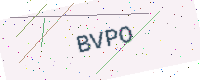
Text: BVPO